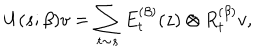
U ( s ; \beta ) v = \sum _ { t \sim s } E _ { t } ^ { ( \beta ) } ( z ) \otimes R _ { t } ^ { ( \beta ) } v ,